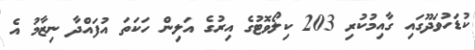
ކުޑަހުވަދޫގައި ގާއިމުކުރި 203 ކިލޯވޮޓުގެ އިރުގެ އަލިން ހަކަތަ އުފައްދާ ނިޒާމު އެ